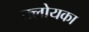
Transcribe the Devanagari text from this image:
क्लोयका